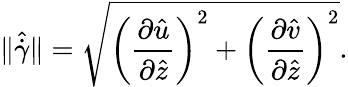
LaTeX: \Vert\hat{\dot{\gamma}}\Vert=\sqrt{\left(\frac{\partial\hat{u}}{\partial\hat{z}}\right)^{2}+\left(\frac{\partial\hat{v}}{\partial\hat{z}}\right)^{2}}.